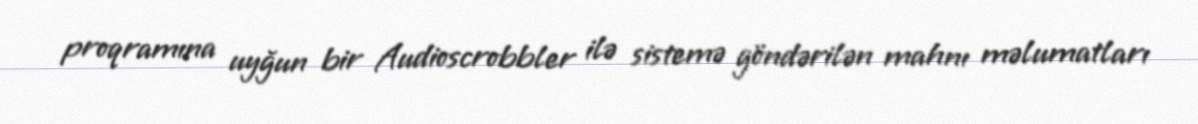
proqramına uyğun bir Audioscrobbler ilə sistemə göndərilən mahnı məlumatları